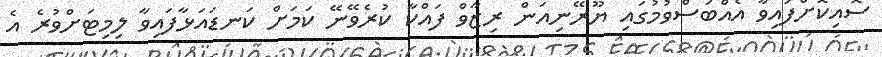
ސޮއިކޮށްފައިވާ އެއްބަސްވުމުގައި ޔޫރޭނިއަން ރިޒާވް ފައްކާ ކުރެވޭނޭ ކަމަށް ކަނޑައަޅާފައިވާ ލިމިޓަށްވުރެ އެ